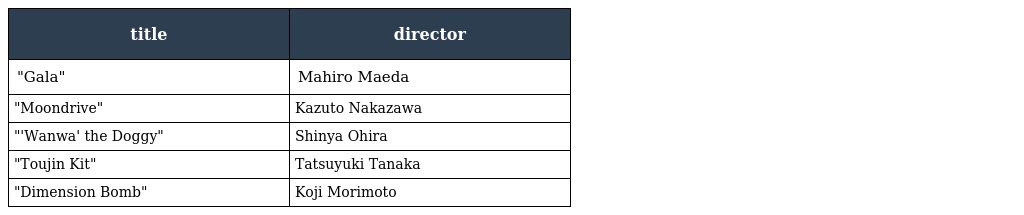
| title | director |
 | --- | --- |
 | "Gala" | Mahiro Maeda |
 | "Moondrive" | Kazuto Nakazawa |
 | "'Wanwa' the Doggy" | Shinya Ohira |
 | "Toujin Kit" | Tatsuyuki Tanaka |
 | "Dimension Bomb" | Koji Morimoto |